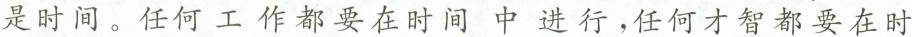
是时间。任何工作都要在时间中进行，任何才智都要在时